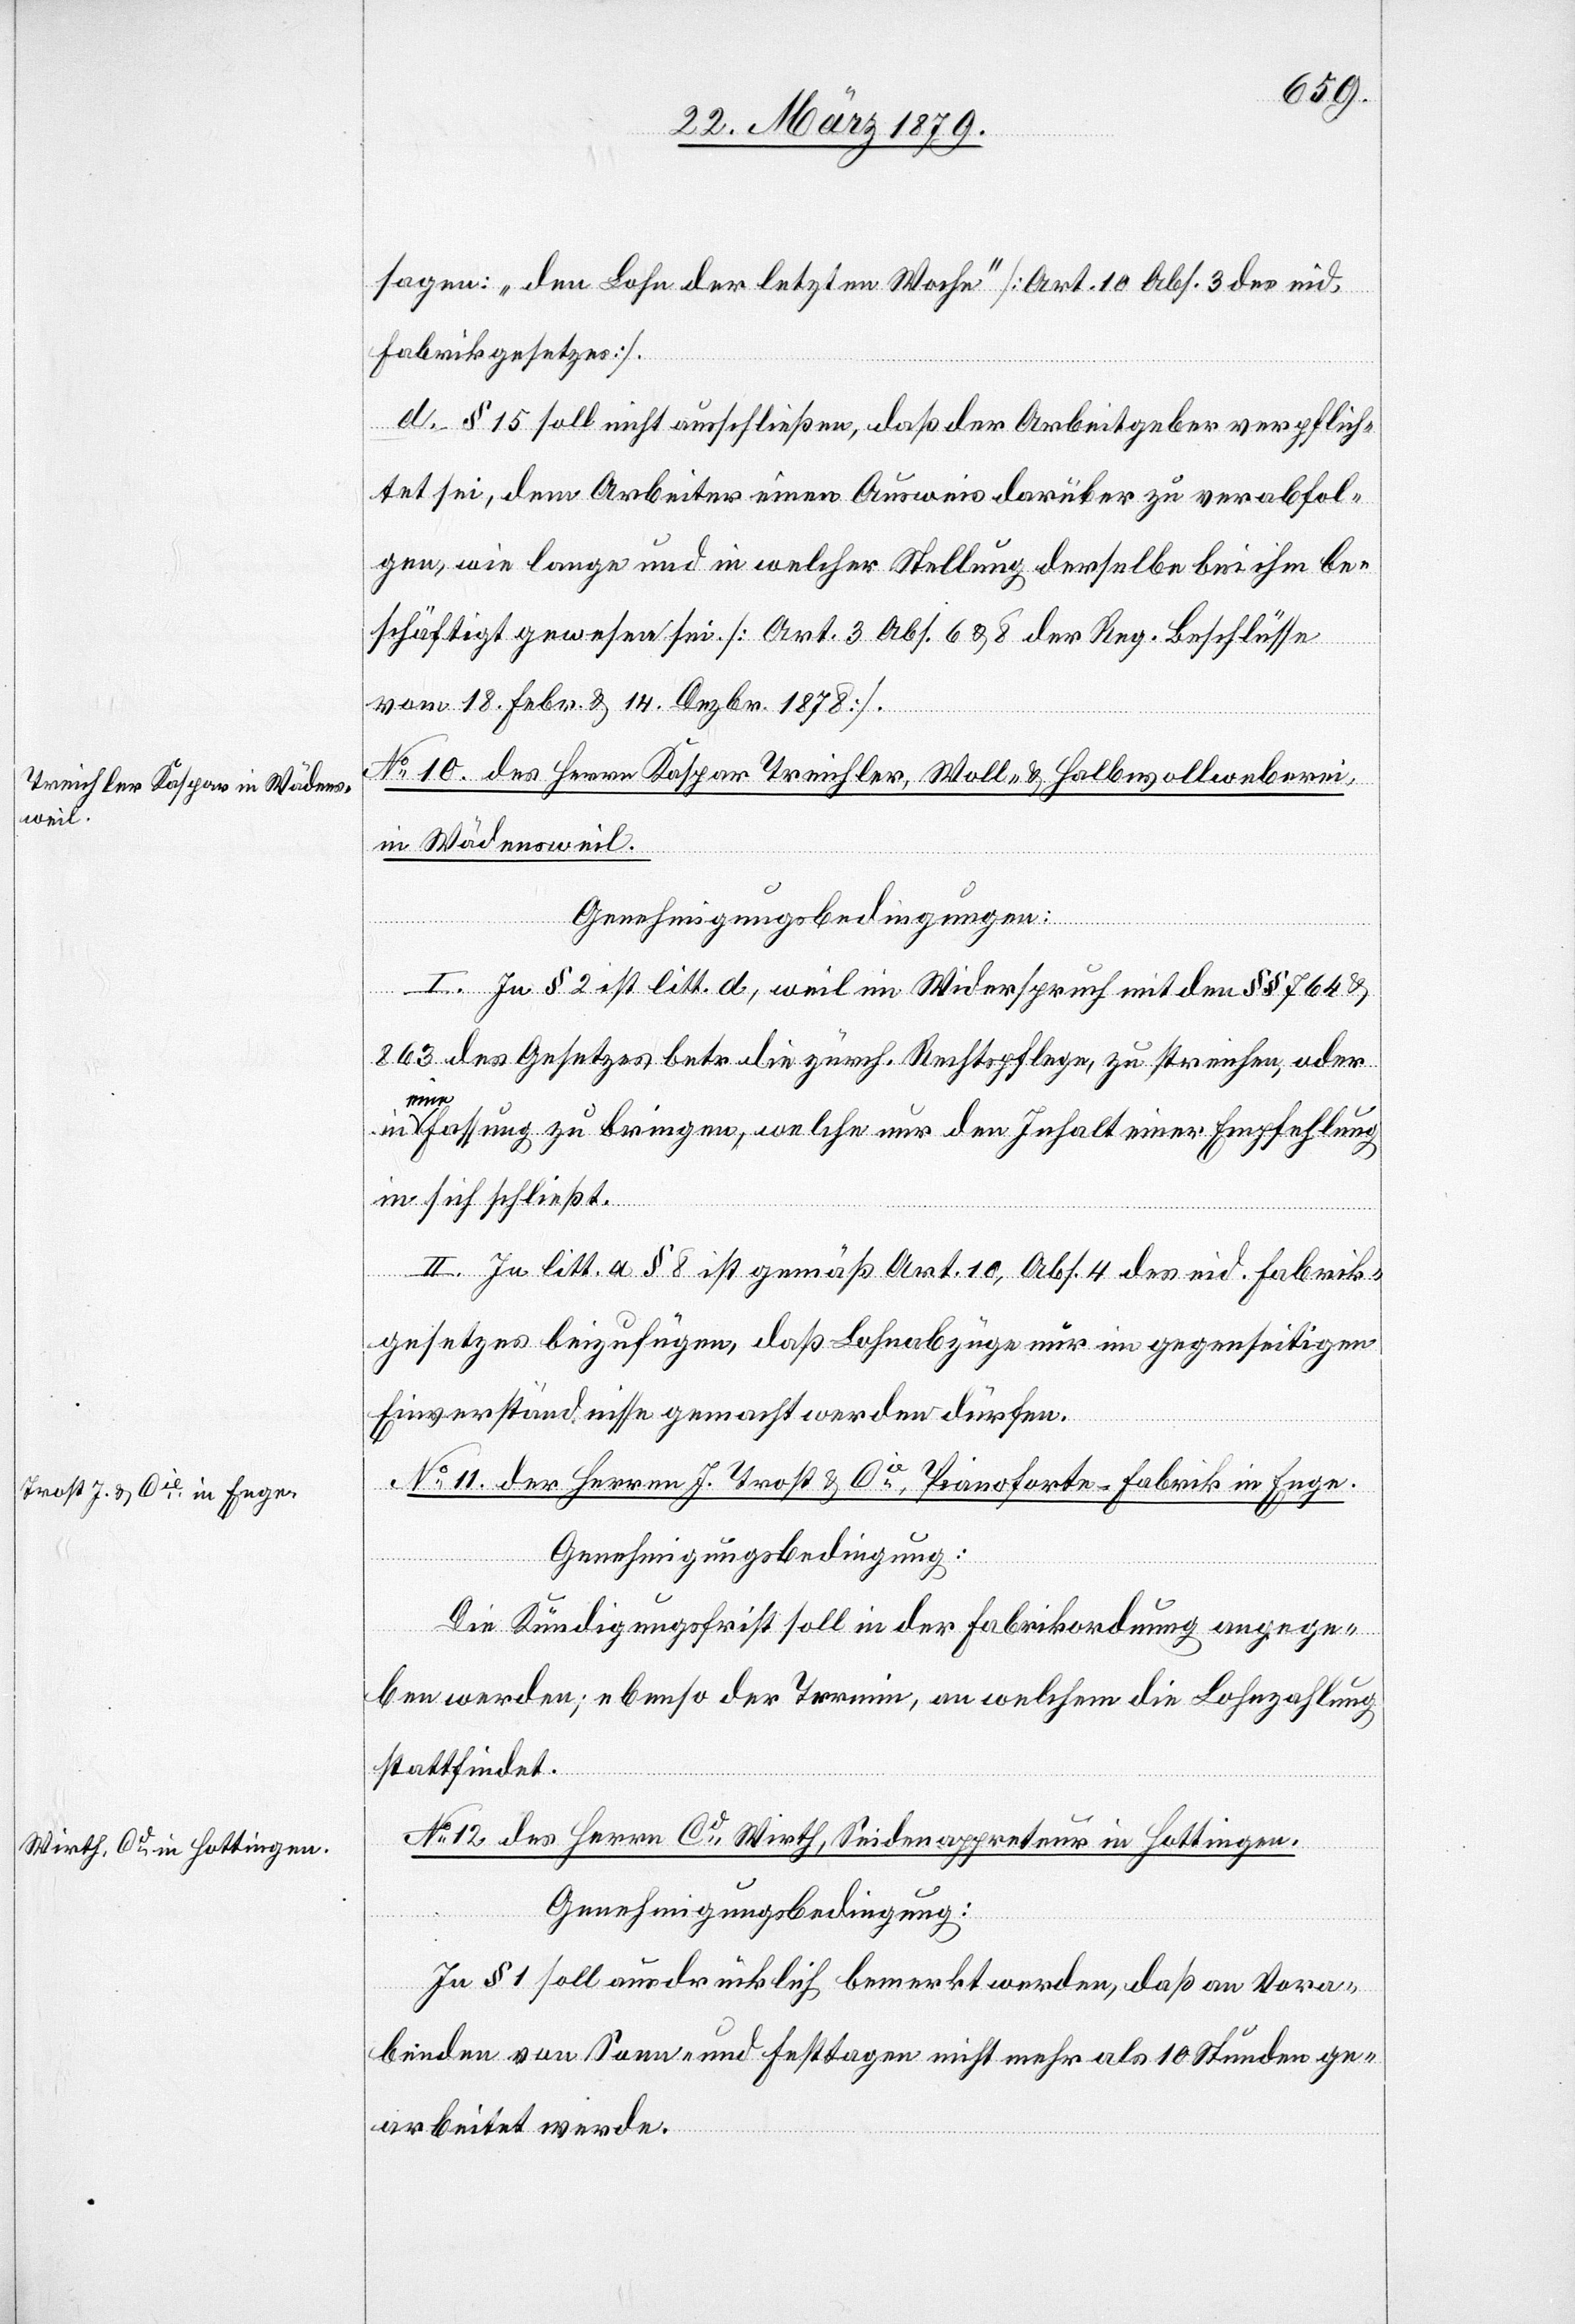
sagen: „den Lohn der letzten Woche“ [Art. 10 Abs. 3 des eid.
Fabrikgesetzes].
d. § 15 soll nicht ausschließen, daß der Arbeitgeber verpflich¬
tet sei, dem Arbeiter einen Ausweis darüber zu verabfol¬
gen, wie lange und in welcher Stellung derselbe bei ihm be¬
schäftigt gewesen sei. [Art. 3 Abs. 6 & 8 der Reg. Beschlüsse
No 10. des Herrn Kaspar Treichler, Woll- & Halbwollweberei,
in Wädensweil.
Genehmigungsbedingungen:
18.
Febr.
I. In § 2 ist litt. d, weil in Widerspruch mit den §§ 764 &
863 des Gesetzes betr. die zürch. Rechtspflege, zu streichen, oder
eine
Fassung zu bringen, welche nur den Inhalt einer Empfehlung
in sich schließt.
II. In litt. a § 8 ist gemäß Art. 10, Abs. 4 des eid. Fabrik¬
gesetzes beizufügen, daß Lohnabzüge nur im gegenseitigen
Einverständnisse gemacht werden dürfen.
No 11. der Herren J. Trost & Cie, Pianoforte-Fabrik, in Enge.
Genehmigungsbedingung:
Die Kündigungsfrist soll in der Fabrikordnung angege¬
ben werden; ebenso der Termin, an welchem die Lohnzahlung
stattfindet.
No 12. des Herrn Cd Wirth, Seidenappretur in Hottingen.
Genehmigungsbedingung:
In § 1 soll ausdrücklich bemerkt werden, daß an Vora¬
benden von Sonn- und Festtagen nicht mehr als 10 Stunden ge¬
arbeitet werde.